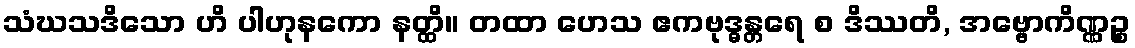
သံဃသဒိသော ဟိ ပါဟုနကော နတ္ထိ။ တထာ ဟေသ ဧကဗုဒ္ဓန္တရေ စ ဒိဿတိ, အဗ္ဗောကိဏ္ဏဉ္စ